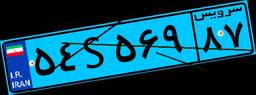
۵۴S۵۶۹۸۷